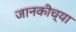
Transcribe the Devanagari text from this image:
जानकीच्या